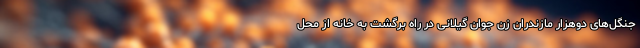
جنگل‌های دوهزار مازندران زن جوان گیلانی در راه برگشت به خانه از محل